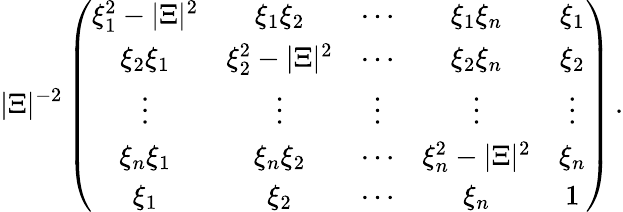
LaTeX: |\Xi|^{-2}\left(\begin{array}{ccccc}{\xi_{1}^{2}-|\Xi|^{2}}&{\xi_{1}\xi_{2}}&{\cdots}&{\xi_{1}\xi_{n}}&{\xi_{1}}\\ {\xi_{2}\xi_{1}}&{\xi_{2}^{2}-|\Xi|^{2}}&{\cdots}&{\xi_{2}\xi_{n}}&{\xi_{2}}\\ {\vdots}&{\vdots}&{\vdots}&{\vdots}&{\vdots}\\ {\xi_{n}\xi_{1}}&{\xi_{n}\xi_{2}}&{\cdots}&{\xi_{n}^{2}-|\Xi|^{2}}&{\xi_{n}}\\ {\xi_{1}}&{\xi_{2}}&{\cdots}&{\xi_{n}}&{1}\end{array}\right)\, .